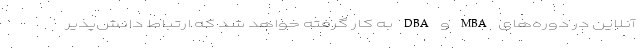
آنلاین در دوره‌های MBA و DBA به کار گرفته خواهد شد که ارتباط دانش‌پذیر